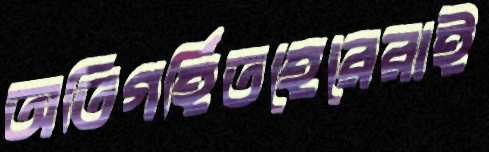
অতিগর্হিতহেরেরাই